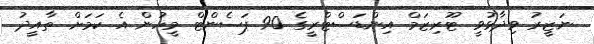
ނަޒީރު ވިދާޅުވީ ޓޫރިޒަމް އިންޑަސްޓްރީގެ 90 ޕަސެންޓް މީހުން އެ ކަމަށް ތާއީދު